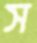
স